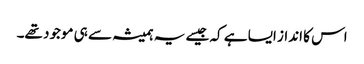
اس کا انداز ایسا ہے کہ جیسے یہ ہمیشہ سے ہی موجود تھے۔